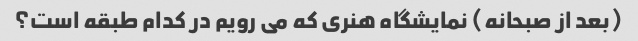
(بعد از صبحانه) نمایشگاه هنری که می رویم در کدام طبقه است؟